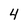
Character: 4